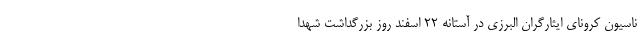
ناسیون کرونای ایثارگران البرزی در آستانه 22 اسفند روز بزرگداشت شهدا